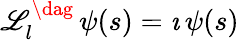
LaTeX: {\cal\mathscr{L}}_{l}^{\dag}\, \psi(s)=\imath\, \psi(s)